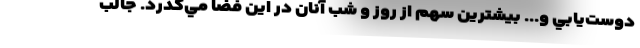
دوست‌يابي و... بيشترين سهم از روز و شب آنان در اين فضا مي‌گذرد. جالب